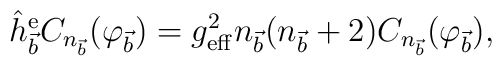
\hat h^{\rm e}_{\vec b} C_{n_{\vec{b}}}(\varphi_{\vec b})=g^{2}_{\rm eff}n_{\vec b}(n_{\vec b}+2)C_{n_{\vec{b}}}(\varphi_{\vec b}) ,